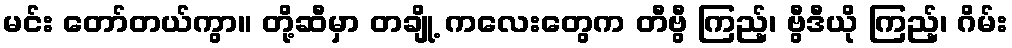
မင်း တော်တယ်ကွာ။ တို့ဆီမှာ တချို့ ကလေးတွေက တီဗွီ ကြည့်၊ ဗွီဒီယို ကြည့်၊ ဂိမ်း